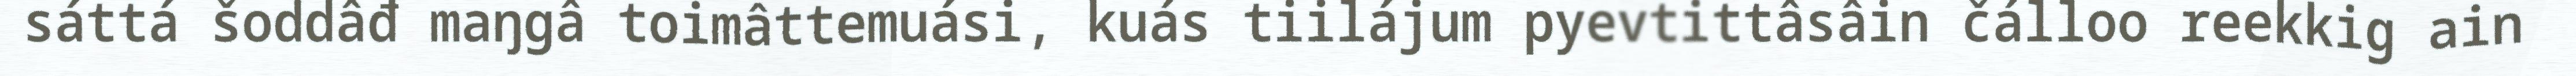
sáttá šoddâđ maŋgâ toimâttemuási, kuás tiilájum pyevtittâsâin čálloo reekkig ain